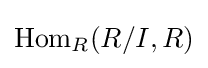
\operatorname {Hom} _{R}(R/I,R)